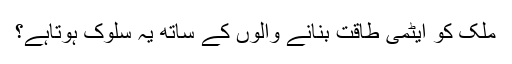
ملک کو ایٹمی طاقت بنانے والوں کے ساتھ یہ سلوک ہوتاہے؟